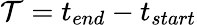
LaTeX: \mathcal{T}=t_{end}-t_{start}